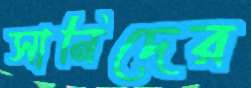
সানিদের